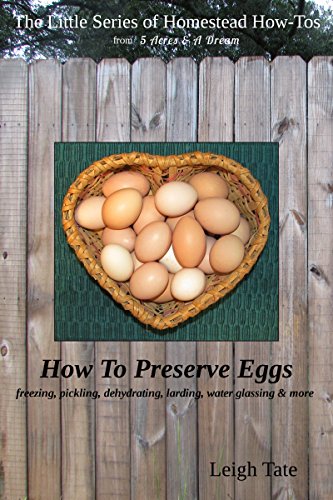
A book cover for How To Preserve Eggs: Freezing, Pickling, Dehydrating, Larding, Water Glassing, & More (The Little Series of Homestead How-Tos from 5 Acres & A Dream Book 1); Leigh Tate; Cookbooks, Food & Wine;